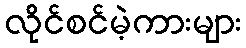
လိုင်စင်မဲ့ကားများ